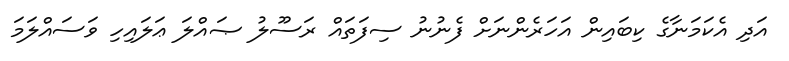
އަދި އެކަމަނާގެ ކިބައިން އަހަރެންނަށް ފެނުނު ސިފަތައް ރަސޫލު ޞައްލަ ޢަލައިހި ވަސައްލަމަ